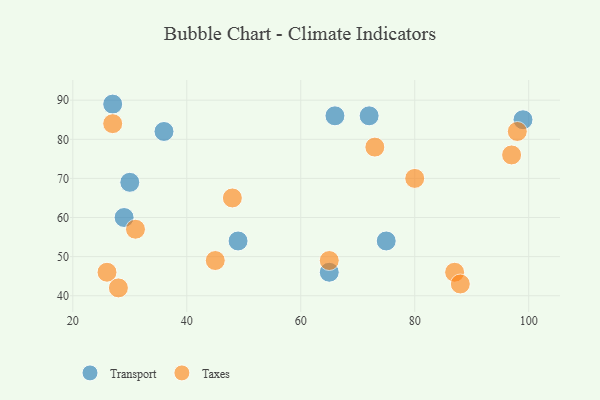
{"axis": {"x": "GDP", "y": "Life Expectancy"}, "legend": ["Taxes", "Transport"], "data": [{"x": "65", "y": 46, "type": "Transport"}, {"x": "27", "y": 89, "type": "Transport"}, {"x": "36", "y": 82, "type": "Transport"}, {"x": "49", "y": 54, "type": "Transport"}, {"x": "30", "y": 69, "type": "Transport"}, {"x": "99", "y": 85, "type": "Transport"}, {"x": "66", "y": 86, "type": "Transport"}, {"x": "29", "y": 60, "type": "Transport"}, {"x": "75", "y": 54, "type": "Transport"}, {"x": "72", "y": 86, "type": "Transport"}, {"x": "80", "y": 70, "type": "Taxes"}, {"x": "73", "y": 78, "type": "Taxes"}, {"x": "97", "y": 76, "type": "Taxes"}, {"x": "87", "y": 46, "type": "Taxes"}, {"x": "27", "y": 84, "type": "Taxes"}, {"x": "45", "y": 49, "type": "Taxes"}, {"x": "65", "y": 49, "type": "Taxes"}, {"x": "48", "y": 65, "type": "Taxes"}, {"x": "26", "y": 46, "type": "Taxes"}, {"x": "28", "y": 42, "type": "Taxes"}, {"x": "31", "y": 57, "type": "Taxes"}, {"x": "98", "y": 82, "type": "Taxes"}, {"x": "88", "y": 43, "type": "Taxes"}]}